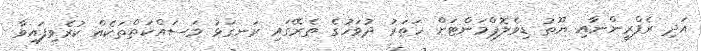
އަދި ރެފްރީންނާއި ޔޫތު ޑިވެލޮޕްމަންޓަށް ހަތަރު ދުވަހުގެ ތެރޭގައި ރަނގަޅު މަސައްކަތްތަކެއް ކުރެވިފައިވާ